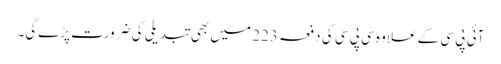
آئی پی سی کے علاوہ سی پی سی کی دفعہ 223 میں بھی تبدیلی کی ضرورت پڑے‌گی۔